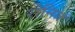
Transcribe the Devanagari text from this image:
रोनित